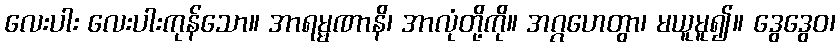
လေးပါး လေးပါးကုန်သော။ အာရမ္မဏာနိ၊ အာလုံတို့ကို။ အဂ္ဂဟေတွာ၊ မယူမူ၍။ ဒွေဒွေဝ၊